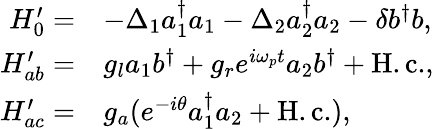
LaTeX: \begin{array}{rl}{H_{0}^{\prime}=}&{-\Delta_{1}a_{1}^{\dagger}a_{1}-\Delta_{2}a_{2}^{\dagger}a_{2}-\delta b^{\dagger}b,}\\ {H_{ab}^{\prime}=}&{g_{l}a_{1}b^{\dagger}+g_{r}e^{i\omega_{p}t}a_{2}b^{\dagger}+\mathrm{H.c.},}\\ {H_{ac}^{\prime}=}&{g_{a}(e^{-i\theta}a_{1}^{\dagger}a_{2}+\mathrm{H.c.}),}\end{array}